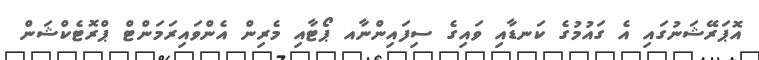
އޮޕަރޭޝަނުގައި އެ ގައުމުގެ ކަނޑާއި ވައިގެ ސިފައިންނާއ ޕޯޓާއި މެރިން އެންވައިރަމަންޓް ޕްރޮޓެކްޝަން